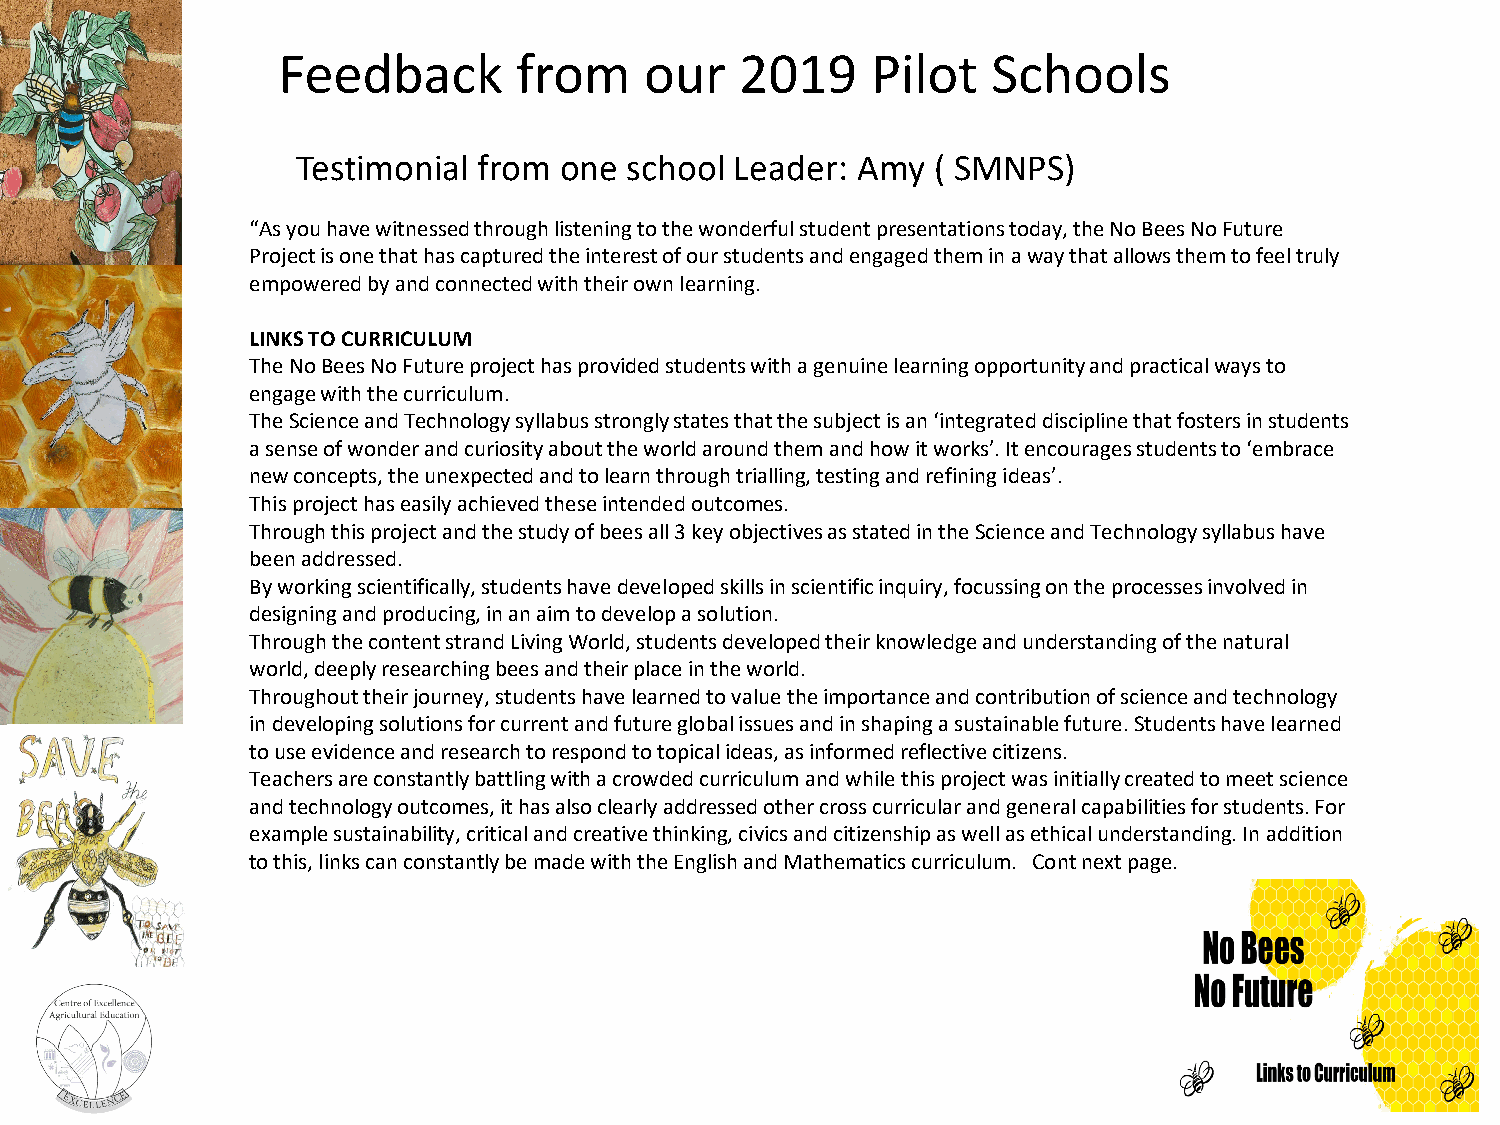
Feedback        from     our   2019     Pilot   Schools
 Testimonial from one  school Leader: Amy  ( SMNPS)
 “As you have witnessed through listening to the wonderful student presentations today, the No Bees No Future
 Project is one that has captured the interest of our students and engaged them in a way that allows them to feel truly
 empowered by and connected with their own learning.
 LINKS TO CURRICULUM
 The No Bees No Future project has provided students with a genuine learning opportunity and practical ways to
 engage with the curriculum.
 The Science and Technology syllabus strongly states that the subject is an ‘integrated discipline that fosters in students
 a sense of wonder and curiosity about the world around them and how it works’. It encourages students to ‘embrace
 new concepts, the unexpected and to learn through trialling, testing and refining ideas’.
 This project has easily achieved these intended outcomes.
 Through this project and the study of bees all 3 key objectives as stated in the Science and Technology syllabus have
 been addressed.
 By working scientifically, students have developed skills in scientific inquiry, focussing on the processes involved in
 designing and producing, in an aim to develop a solution.
 Through the content strand Living World, students developed their knowledge and understanding of the natural
 world, deeply researching bees and their place in the world.
 Throughout their journey, students have learned to value the importance and contribution of science and technology
 in developing solutions for current and future global issues and in shaping a sustainable future. Students have learned
 to use evidence and research to respond to topical ideas, as informed reflective citizens.
 Teachers are constantly battling with a crowded curriculum and while this project was initially created to meet science
 and technology outcomes, it has also clearly addressed other cross curricular and general capabilities for students. For
 example sustainability, critical and creative thinking, civics and citizenship as well as ethical understanding. In addition
 to this, links can constantly be made with the English and Mathematics curriculum. Contnext page.